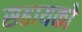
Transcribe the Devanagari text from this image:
सहायको